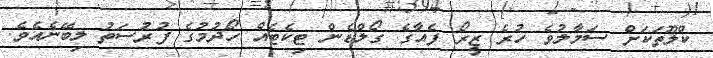
ކްލޫތަކަށް ސަމާލުވެ ހުރެ ޒީރޯ ފެއާގެ ގޯލްޑެން ޓިކެޓެއް ހޯދުމުގެ ފުރުސަތު ލިބޭނެއެވެ.